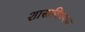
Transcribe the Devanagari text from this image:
शास्त्रविषयक